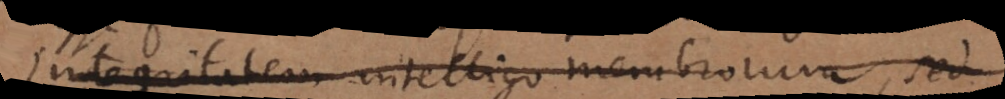
Integritatem intelligo membrorum, sed